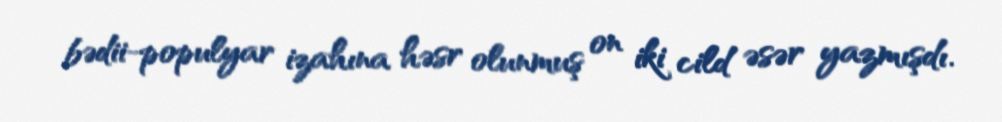
bədii-populyar izahına həsr olunmuş on iki cild əsər yazmışdı.